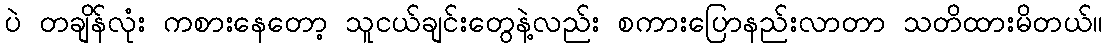
ပဲ တချိန်လုံး ကစားနေတော့ သူငယ်ချင်းတွေနဲ့လည်း စကားပြောနည်းလာတာ သတိထားမိတယ်။